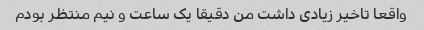
واقعا تاخیر زیادی داشت من دقیقا یک ساعت و نیم منتظر بودم